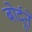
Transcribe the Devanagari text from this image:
बोर्दूने